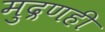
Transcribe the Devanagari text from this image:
मुद्रणही